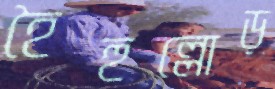
হৈহুল্লোড়